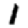
Digit: 1